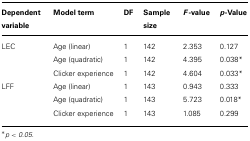
<table><thead><tr><td><b>Dependent variable</b></td><td><b>Model term</b></td><td><b>DF</b></td><td><b>Sample size</b></td><td><b><i>F</i>-value</b></td><td><b><i>p</i>-Value</b></td></tr></thead><tbody><tr><td>LEC</td><td>Age (linear)</td><td>1</td><td>142</td><td>2.353</td><td>0.127</td></tr><tr><td></td><td>Age (quadratic)</td><td>1</td><td>142</td><td>4.395</td><td>0.038*</td></tr><tr><td></td><td>Clicker experience</td><td>1</td><td>142</td><td>4.604</td><td>0.033*</td></tr><tr><td>LFF</td><td>Age (linear)</td><td>1</td><td>143</td><td>0.943</td><td>0.333</td></tr><tr><td></td><td>Age (quadratic)</td><td>1</td><td>143</td><td>5.723</td><td>0.018*</td></tr><tr><td></td><td>Clicker experience</td><td>1</td><td>143</td><td>1.085</td><td>0.299</td></tr></tbody></table>